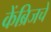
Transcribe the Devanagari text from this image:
केंब्रिजचे